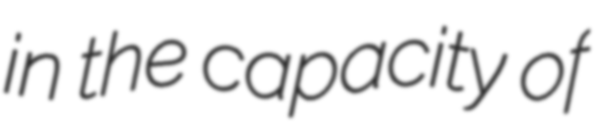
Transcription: in the capacity of